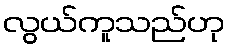
လွယ်ကူသည်ဟု